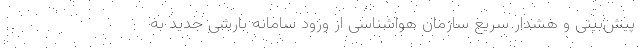
پیش‌بینی و هشدار سریع سازمان هواشناسی از ورود سامانه بارشی جدید به